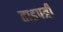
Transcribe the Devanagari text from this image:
ताडपत्री